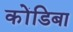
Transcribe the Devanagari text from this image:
कोंडिबा